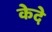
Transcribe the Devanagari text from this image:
केदे